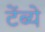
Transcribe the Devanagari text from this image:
टेंब्ये